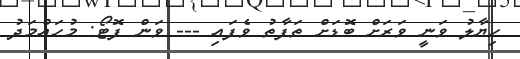
ހިޔާލު ވަނީ ވަރަށް ބޮޑަށް ތަފާތު ވެފައި --- ވަން ފޮޓޯ: މުހައްމަދު